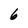
Character: 6